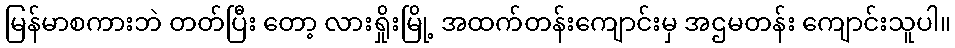
မြန်မာစကားဘဲ တတ်ပြီး တော့ လားရှိုးမြို့ အထက်တန်းကျောင်းမှ အဌမတန်း ကျောင်းသူပါ။